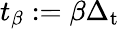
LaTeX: t_{\beta}:=\beta\Delta_{\mathrm{t}}